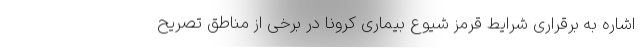
اشاره به برقراری شرایط قرمز شیوع بیماری کرونا در برخی از مناطق تصریح